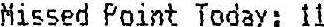
MISSED POINT TODAY: 11